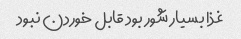
غذا بسیار شور بود قابل خوردن نبود